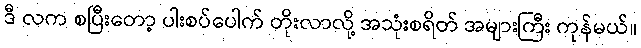
ဒီ လက စပြီးတော့ ပါးစပ်ပေါက် တိုးလာလို့ အသုံးစရိတ် အများကြီး ကုန်မယ်။